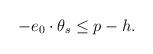
LaTeX: \begin{align*}-e_0\cdot \theta _s\leq p-h. \end{align*}